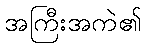
အကြီးအကဲ၏